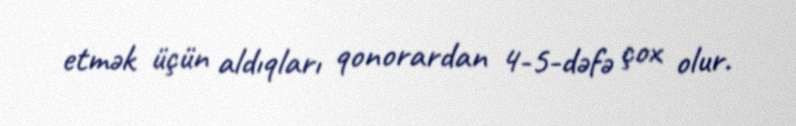
etmək üçün aldıqları qonorardan 4-5-dəfə çox olur.